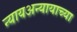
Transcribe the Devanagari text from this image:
न्यायअन्यायाच्या